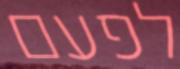
לפעם